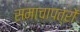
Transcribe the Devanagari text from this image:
समाचापत्रों